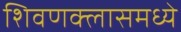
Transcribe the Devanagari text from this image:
शिवणक्लासमध्ये